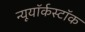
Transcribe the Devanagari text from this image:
न्यूयॉर्कस्टॉक